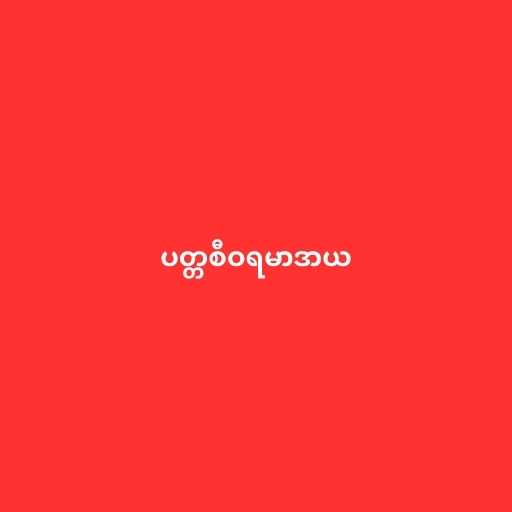
ပတ္တစီဝရမာဒာယ